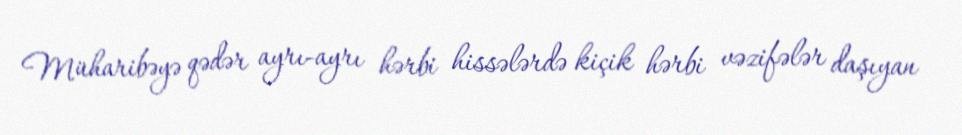
Müharibəyə qədər ayrı-ayrı hərbi hissələrdə kiçik hərbi vəzifələr daşıyan